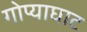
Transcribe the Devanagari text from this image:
गोप्याघाट